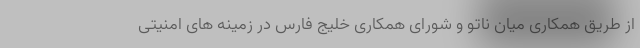
از طریق همکاری میان ناتو و شورای همکاری خلیج فارس در زمینه های امنیتی